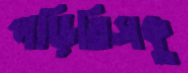
পড়িতিসকু